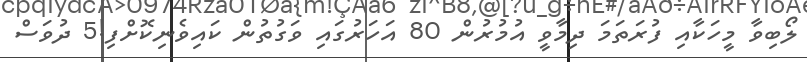
ލޯބިވާ މީހަކާއި ފުރަތަމަ ދިމާވީ އުމުރުން 80 އަހަރުގައި ވަގުތުން ކައިވެނިކޮށްފި!5 ދުވަސް